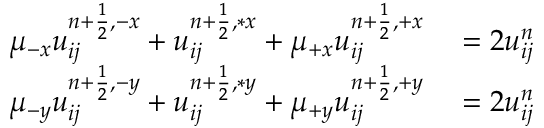
\begin{array} { r l } { \mu _ { - x } u _ { i j } ^ { { n + \frac { 1 } { 2 } } , - x } + u _ { i j } ^ { n + \frac { 1 } { 2 } , \ast x } + \mu _ { + x } u _ { i j } ^ { { n + \frac { 1 } { 2 } } , + x } } & { { } = 2 u _ { i j } ^ { n } } \\ { \mu _ { - y } u _ { i j } ^ { { n + \frac { 1 } { 2 } } , - y } + u _ { i j } ^ { n + \frac { 1 } { 2 } , \ast y } + \mu _ { + y } u _ { i j } ^ { { n + \frac { 1 } { 2 } } , + y } } & { { } = 2 u _ { i j } ^ { n } } \end{array}